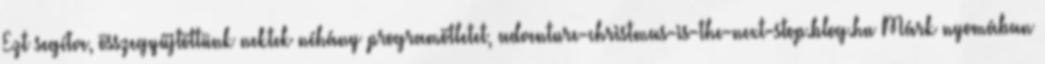
Ezt segítve, összegyűjtöttünk nektek néhány programötletet, adventure-christmas-is-the-next-stop.blog.hu Márk nyomában